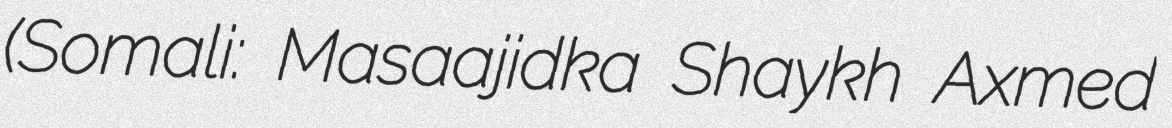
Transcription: (Somali: Masaajidka Shaykh Axmed